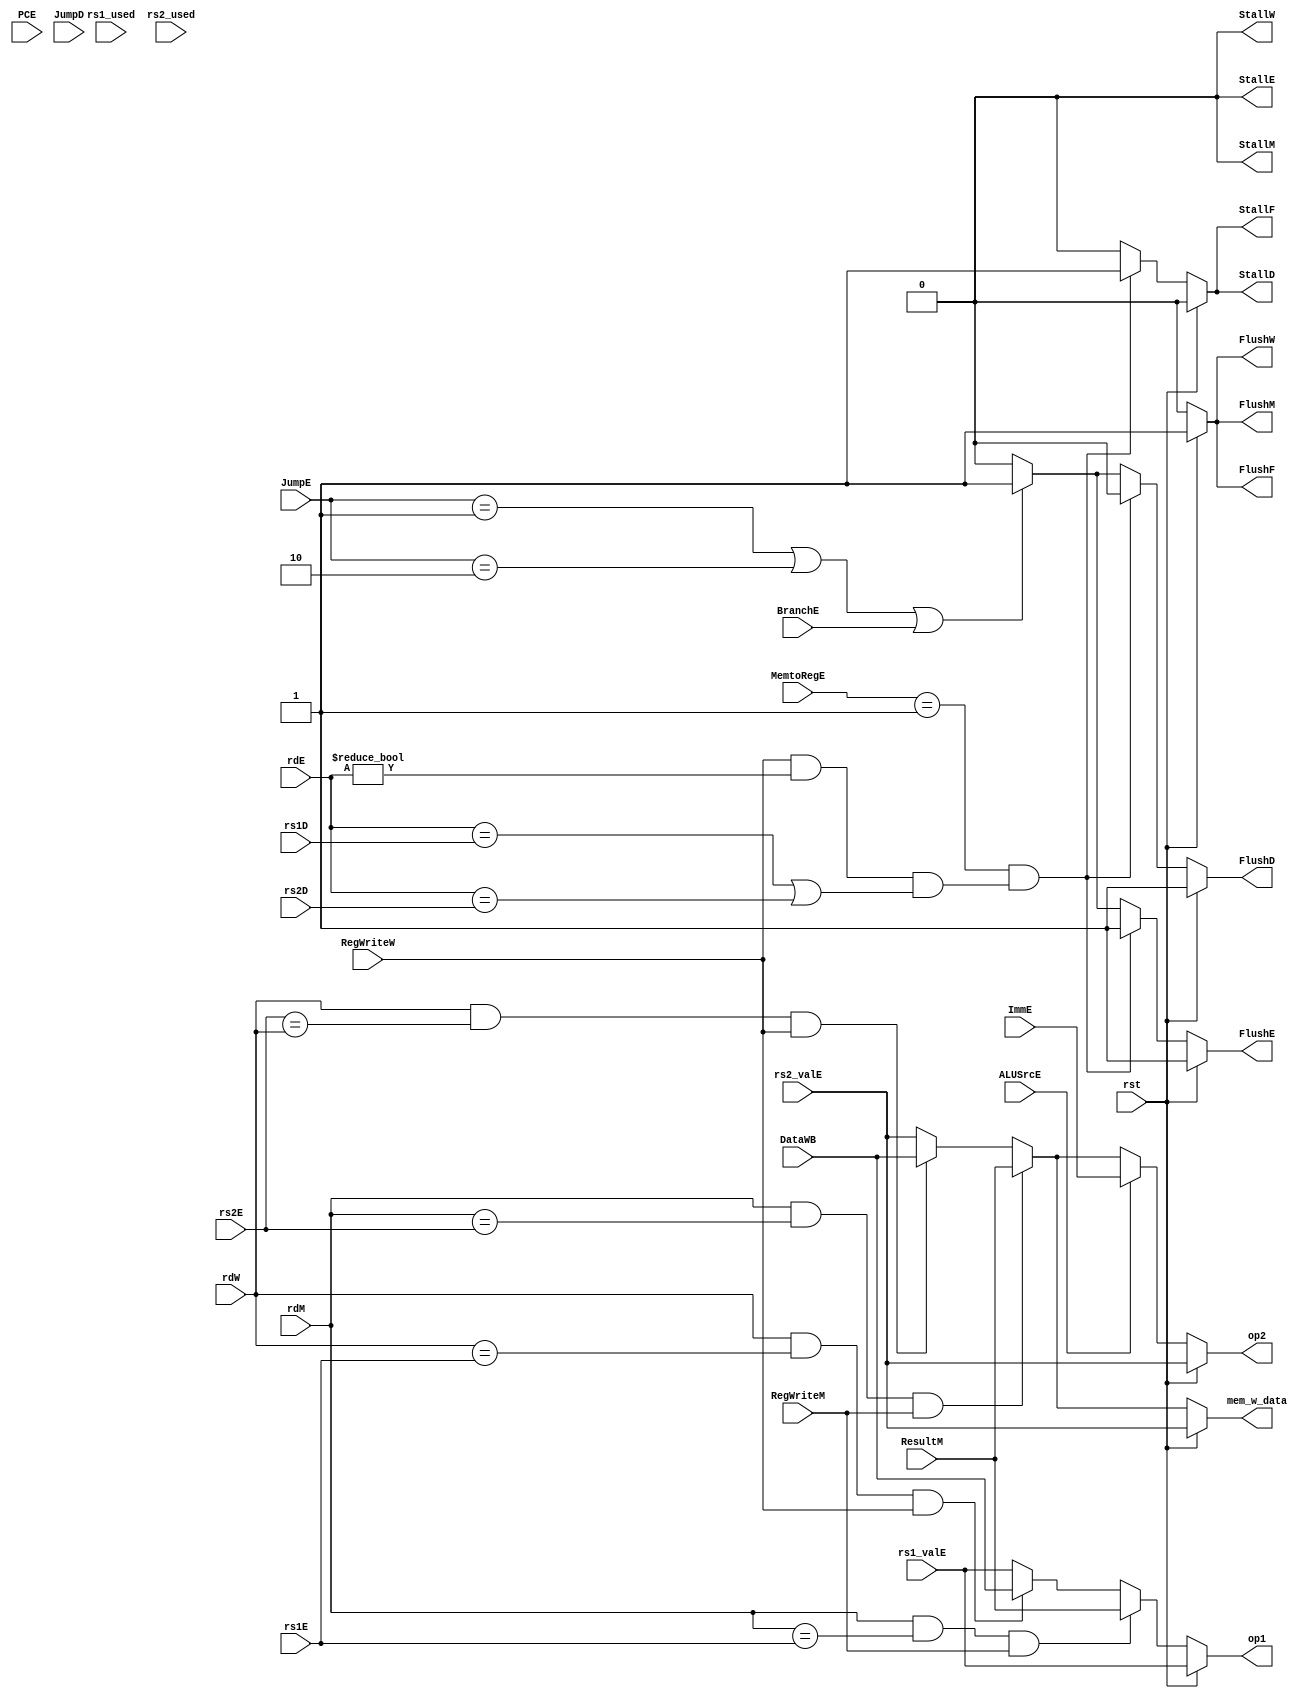
`timescale 1ns / 1ps
//////////////////////////////////////////////////////////////////////////////////
// Company: 
// Engineer: 
// 
// Design Name: 
// Module Name: Stall
// Project Name: 
// Target Devices: 
// Tool Versions: 
// Description: 
// 
// Dependencies: 
// 
// Revision:
// Revision 0.01 - File Created
// Additional Comments:
// 
//////////////////////////////////////////////////////////////////////////////////


module Stall(
    input rst,
    input BranchE,
    input [31:0] PCE, ImmE,
    input [1:0] JumpD,
    input [1:0] JumpE,
    input [4:0] rs1D, rs2D, rs1E, rs2E, rdE, rdM, rdW,
    input [31:0] ResultM, DataWB, rs1_valE, rs2_valE,
    input [1:0] MemtoRegE,
    input ALUSrcE, rs1_used, rs2_used,
    input RegWriteM, RegWriteW,
    output reg [31:0] mem_w_data,
    output reg StallF, FlushF, StallD, FlushD, StallE, FlushE, StallM, FlushM, StallW, FlushW,
    output reg [31:0] op1, op2 //rs2_final
    );
    
    always @(*) begin
        if(rst) begin
            FlushF <= 1;
            FlushD <= 1;
            FlushE <= 1;
            FlushM <= 1;
            FlushW <= 1;
            
            StallF <= 0;
            StallD <= 0;
            StallE <= 0;
            StallM <= 0;
            StallW <= 0;
            
            op1 <= rs1_valE;
            op2 <= rs2_valE;
            mem_w_data <= rs2_valE;
        end
        else begin
            if(MemtoRegE == 2'b01 &&  (RegWriteW && rdE != 0 && ((rdE == rs1D) || (rdE == rs2D))) ) begin //RAW
                FlushF <= 0;
                FlushD <= 0;
                FlushE <= 1;
                FlushM <= 0;
                FlushW <= 0;
                
                StallF <= 1;
                StallD <= 1;
                StallE <= 0;
                StallM <= 0;
                StallW <= 0;                
            end
            else if(JumpE == 2'b01 || JumpE == 2'b10 || BranchE == 1) begin                      //jalr in EX
                FlushF <= 0;
                FlushD <= 1;
                FlushE <= 1;
                FlushM <= 0;
                FlushW <= 0;
                
                StallF <= 0;
                StallD <= 0;
                StallE <= 0;
                StallM <= 0;
                StallW <= 0;                
            end
            /*else if(JumpD == 2'b01) begin                                   //jal
                FlushF <= 0;
                FlushD <= 1;
                FlushE <= 0;
                FlushM <= 0;
                FlushW <= 0;
                
                StallF <= 0;
                StallD <= 0;
                StallE <= 0;
                StallM <= 0;
                StallW <= 0;
            end*/
            else begin
                FlushF <= 0;
                FlushD <= 0;
                FlushE <= 0;
                FlushM <= 0;
                FlushW <= 0;
                
                StallF <= 0;
                StallD <= 0;
                StallE <= 0;
                StallM <= 0;
                StallW <= 0;       
            end  
            //ALU
            if      (rdM && rdM == rs1E && RegWriteM /*&& rs1_used*/) op1 <= ResultM;
            else if (rdW && rdW == rs1E && RegWriteW /*&& rs1_used*/) op1 <= DataWB;
            else                                                      op1 <= rs1_valE;  
            
            //else op1 <= PCE - 4; //ALU 1PC, auipc
            
            //ALU    rs2/
            if      (ALUSrcE)                                         op2 <= ImmE;       
            else if (rdM && rdM == rs2E && RegWriteM /*&& rs2_used*/) op2 <= ResultM;
            else if (rdW && rs2E == rdW && RegWriteW /*&& rs2_used*/) op2 <= DataWB;
            else                                                      op2 <= rs2_valE;  
            
            if (rdM && rdM == rs2E && RegWriteM /*&& rs2_used*/)       mem_w_data <= ResultM;
            else if (rdW && rs2E == rdW && RegWriteW /*&& rs2_used*/) mem_w_data <= DataWB;
            else                                                      mem_w_data <= rs2_valE;                   
        end
    end
endmodule